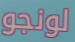
لونجو